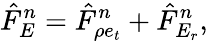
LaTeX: \hat{F}_{E}^{n}=\hat{F}_{\rho e_{t}}^{n}+\hat{F}_{E_{r}}^{n},